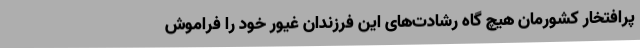
پرافتخار کشورمان هیچ گاه رشادت‌های این فرزندان غیور خود را فراموش